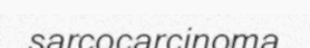
sarcocarcinoma